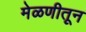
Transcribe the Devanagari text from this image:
मेळणीतून